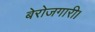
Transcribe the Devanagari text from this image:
बेरोजगारी।